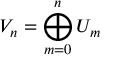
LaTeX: V _ { n } = \bigoplus _ { m = 0 } ^ { n } U _ { m }